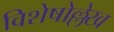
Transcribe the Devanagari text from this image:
विशेषोल्लेख